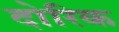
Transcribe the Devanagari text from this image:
दोरिक